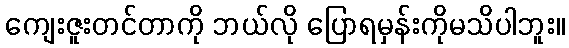
ကျေးဇူးတင်တာကို ဘယ်လို ပြောရမှန်းကိုမသိပါဘူး။